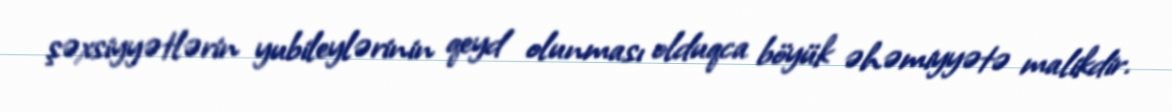
şəxsiyyətlərin yubileylərinin qeyd olunması olduqca böyük əhəmiyyətə malikdir.